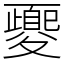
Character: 夒